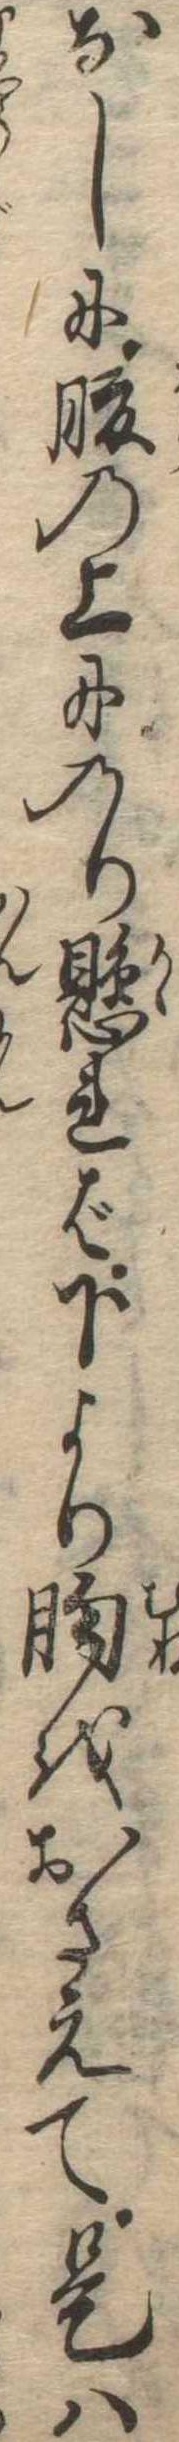
なしに腹の上にのり懸れば下より胸をおさえて是は